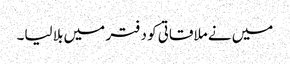
میں نے ملاقاتی کو دفتر میں بلا لیا۔